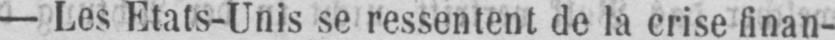
- Les Etats-Unis se ressentent de la crise finan-